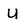
Character: U